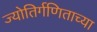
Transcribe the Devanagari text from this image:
ज्योतिर्गणिताच्या